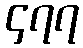
၄၇၇